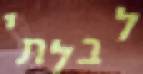
לבלתי